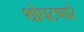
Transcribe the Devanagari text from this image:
थोपटणारे